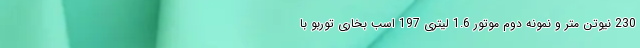
230 نیوتن متر و نمونه دوم موتور 1.6 لیتری 197 اسب بخاری توربو با